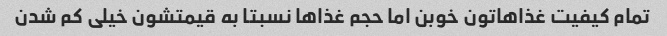
تمام کیفیت غذاهاتون خوبن اما حجم غذاها نسبتا به قیمتشون خیلی کم شدن